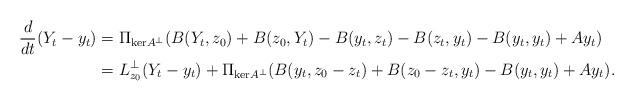
LaTeX: \begin{align*}\frac{d}{dt}(Y_t - y_t) &= \Pi_{\mathrm{ker}A^\perp}(B(Y_t,z_0) + B(z_0,Y_t) - B(y_t,z_t) - B(z_t,y_t) - B(y_t,y_t) + Ay_t) \\ & = L_{z_0}^{\perp}(Y_t-y_t) + \Pi_{\mathrm{ker}A^\perp}(B(y_t,z_0-z_t) + B(z_0-z_t,y_t) - B(y_t,y_t) + Ay_t).\end{align*}